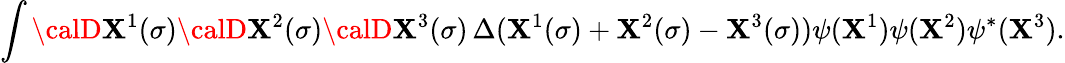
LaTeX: \int{\calD}\mathbf{X}^{1}(\sigma){\calD}\mathbf{X}^{2}(\sigma){\calD}\mathbf{X}^{3}(\sigma)\, \Delta(\mathbf{X}^{1}(\sigma)+\mathbf{X}^{2}(\sigma)-\mathbf{X}^{3}(\sigma))\psi(\mathbf{X}^{1})\psi(\mathbf{X}^{2})\psi^{*}(\mathbf{X}^{3}).